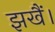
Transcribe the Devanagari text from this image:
झखैं।